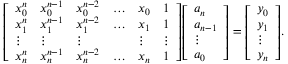
{ \left[ \begin{array} { l l l l l l } { x _ { 0 } ^ { n } } & { x _ { 0 } ^ { n - 1 } } & { x _ { 0 } ^ { n - 2 } } & { \ldots } & { x _ { 0 } } & { 1 } \\ { x _ { 1 } ^ { n } } & { x _ { 1 } ^ { n - 1 } } & { x _ { 1 } ^ { n - 2 } } & { \ldots } & { x _ { 1 } } & { 1 } \\ { \vdots } & { \vdots } & { \vdots } & { } & { \vdots } & { \vdots } \\ { x _ { n } ^ { n } } & { x _ { n } ^ { n - 1 } } & { x _ { n } ^ { n - 2 } } & { \ldots } & { x _ { n } } & { 1 } \end{array} \right] } { \left[ \begin{array} { l } { a _ { n } } \\ { a _ { n - 1 } } \\ { \vdots } \\ { a _ { 0 } } \end{array} \right] } = { \left[ \begin{array} { l } { y _ { 0 } } \\ { y _ { 1 } } \\ { \vdots } \\ { y _ { n } } \end{array} \right] } .